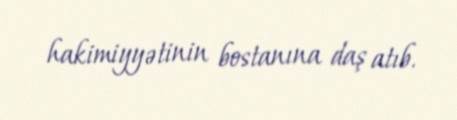
hakimiyyətinin bostanına daş atıb.